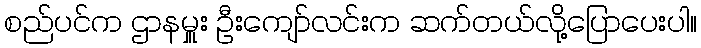
စည်ပင်က ဌာနမှူး ဦးကျော်လင်းက ဆက်တယ်လို့ပြောပေးပါ။